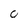
Character: 0